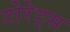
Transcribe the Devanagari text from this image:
टोरेट्स